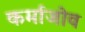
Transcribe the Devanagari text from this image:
कर्माजोव